Civil Veterinary Department. United Provinces 1932-42 - 1932-1942
Year: 1932
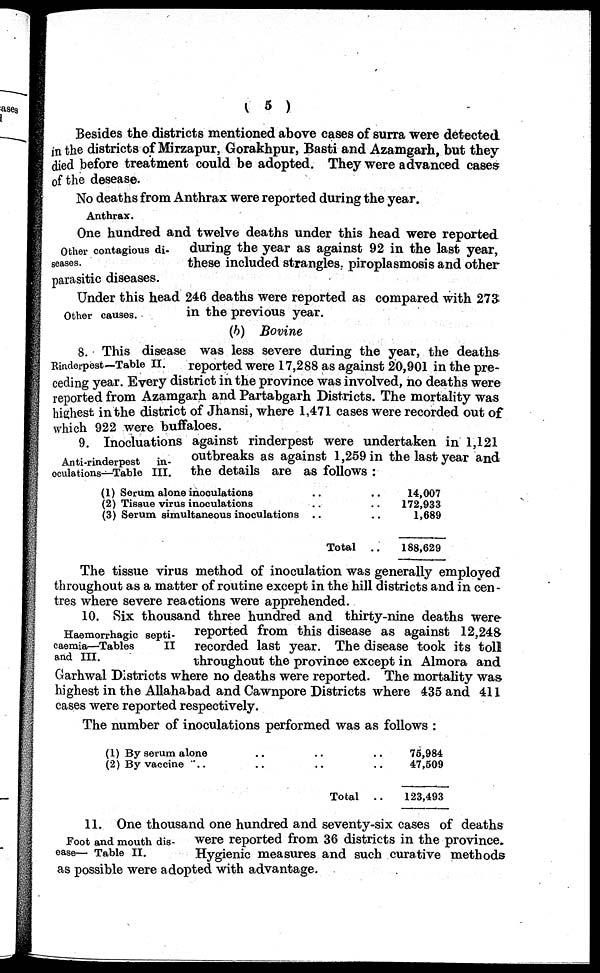
(5)
Besides the districts mentioned above cases of surra were detected
in the districts of Mirzapur, Gorakhpur, Basti and Azamgarh, but they
died before treatment could be adopted. They were advanced cases
of the desease.
No deaths from Anthrax were reported during the year.
Anthrax.
Other contagious di-
seases.
One hundred and twelve deaths under this head were reported
during the year as against 92 in the last year,
these included strangles; piroplasmosis and other
parasitic diseases.
Other causes.
Under this head 246 deaths were reported as compared with 273
in the previous year.
(b) Bovine
Rinderpest—Table II.
8. This disease was less severe during the year, the deaths
reported were 17,288 as against 20,901 in the pre-
ceding year. Every district in the province was involved, no deaths were
reported from Azamgarh and Partabgarh Districts. The mortality was
highest in the district of Jhansi, where 1,471 cases were recorded out of
which 922 were buffaloes.
Anti-rinderpest
in-
oculations—Table III.
9. Inocluations against rinderpest were undertaken in 1,121
outbreaks as against 1,259 in the last year and
the details are as follows:
(1) Serum alone inoculations..
..
(2) Tissue virus inoculations.. ..
(3) Serum simultaneous inoculations.. ..
Total
..
14,007
172,933
1,689
188,629
The tissue virus method of inoculation was generally employed
throughout as a matter of routine except in the hill districts and in cen-
tres where severe reactions were apprehended.
Haemorrhagic septi-
caemia—Tables
II
and III.
10. Six thousand three hundred and thirty-nine deaths were
reported from this disease as against 12,248
recorded last year. The disease took its toll
throughout the province except in Almora and
Garhwal Districts where no deaths were reported. The mortality was
highest in the Allahabad and Cawnpore Districts where 435 and 411
cases were reported respectively.
The number of inoculations performed was as follows:
(1) By serum alone .. .. ..
(2) By vaccine .. .. .. ..
Total
..
76,984
47,509
123,493
Foot and mouth dis-
case— Table II.
11. One thousand one hundred and seventy-six cases of deaths
were reported from 3C districts in the province.
Hygienic measures and such curative methods
as possible were adopted with advantage.